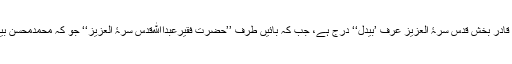
درمیان والی قبر پر ’’حضرت فقیر قادر بخش قدس سرۂ العزیز عرف ’بیدل‘‘ درج ہے، جب کہ بائیں طرف ’’حضرت فقیرعبداﷲقدس سرۂ العزیز‘‘ جو کہ محمدمحسن بیکس کے کزن ہیں، اُن کی قبر ہے۔